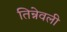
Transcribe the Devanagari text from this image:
तिन्नेवली